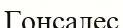
Гонсалес